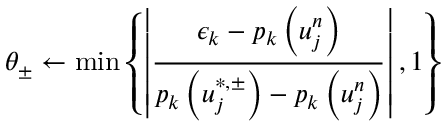
\theta _ { \pm } \gets \operatorname* { m i n } \left\{ \left| \frac { \epsilon _ { k } - p _ { k } \left( u _ { j } ^ { n } \right) } { p _ { k } \left( u _ { j } ^ { \ast , \pm } \right) - p _ { k } \left( u _ { j } ^ { n } \right) } \right| , 1 \right\}